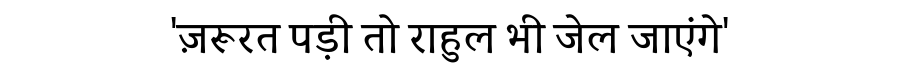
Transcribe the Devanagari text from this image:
'ज़रूरत पड़ी तो राहुल भी जेल जाएंगे'